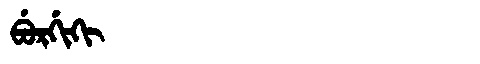
Manchu: ᠪᡠᡵᡤᡳᡴᡳ
Romanization: BURGIKI